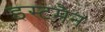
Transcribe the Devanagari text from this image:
इस्टमैन